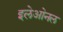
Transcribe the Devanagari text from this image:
इलेओनल